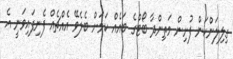
ގިލިލަންކަން ފުށިން މަތިންދާ ބޯޓްގެ ބައެއް ކަމަށް ބެލެވޭ އެއްޗެއް ފެނިފައިވަނީ އެ